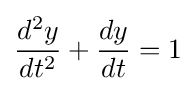
{\frac {d^{2}y}{dt^{2}}}+{\frac {dy}{dt}}=1